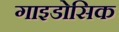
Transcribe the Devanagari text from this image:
गाइडोसिक